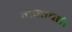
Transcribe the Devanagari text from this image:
वामावर्त।